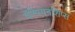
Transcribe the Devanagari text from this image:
चॅम्पियनशिप्स